Vaccination Hyderabad 1890-1903 - 1890-1903
Year: 1890
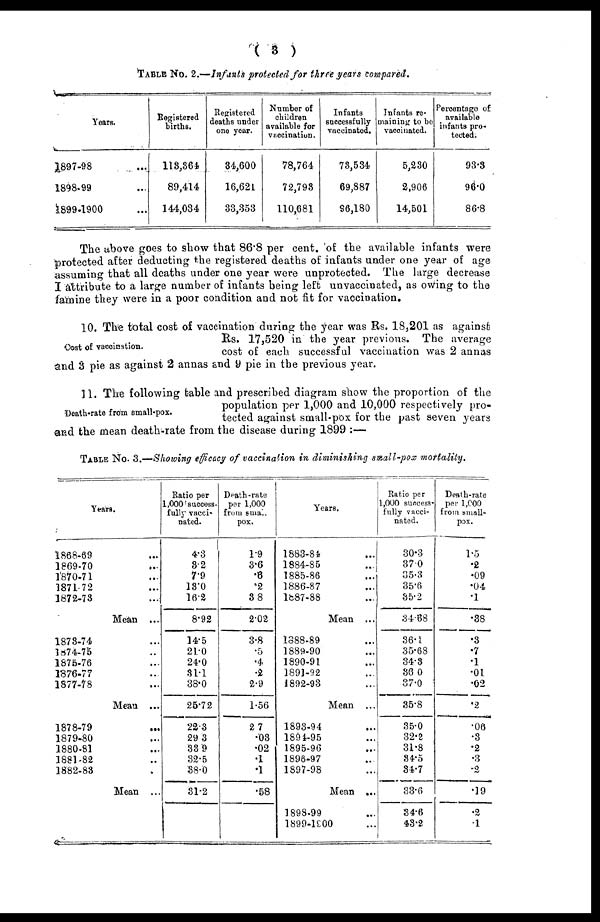
( 3 )
TABLE No 2.—Infants protected for three years compared.
Years.
1897-98 ...
1898-99 ...
1899-1900 ...
Registered
births.
113,364
89,414
144,034
Registered
deaths under
one year.
34,600
16,621
33,353
Number of
children
available for
vaccination.
78,764
72,793
110,681
Infants
successfully
vaccinated.
73,534
69,887
96,180
Infants re-
maining to be
vaccinated.
5,230
2,906
14,501
Percentage of
available
infants pro-
tected.
93.3
96.0
86.8
The above goes to show that 86.8 per cent. of the available infants were
protected after deducting the registered deaths of infants under one year of age
assuming that all deaths under one year were unprotected. The large decrease
I attribute to a large number of infants being left unvaccinated, as owing to the
famine they were in a poor condition and not fit for vaccination.
Cost of vaccination.
10. The total cost of vaccination during the year was Rs. 18,201 as against
Rs. 17,520 in the year previous. The average
cost of each successful vaccination was 2 annas
and 3 pie as against 2 annas and 9 pie in the previous year.
Death-rate from small-pox.
11. The following table and prescribed diagram show the proportion of the
population per 1,000 and 10,000 respectively pro-
tected against small-pox for the past seven years
and the mean death-rate from the disease during 1899 :—
TABLE No. 3.—Showing efficacy of vaccination in diminishing small-pox mortality.
Years.
1868-69 ...
1869-70 ...
1870-71 ...
1871-72 ...
1872-73 ...
Mean ...
1873-74 ...
1874-75 ...
1875-76 ...
1876-77 ...
1877-78 ...
Mean ...
1878-79 ...
1879-80 ...
1880-81 ...
1881-82 ...
1882-83 ...
Mean ...
Ratio per
1,000 success-
fully vacci-
nated.
4.3
3.2
7.9
13.0
16.2
8.92
14.5
21.0
24.0
31.1
38.0
25.72
22.3
29.3
33.9
32.5
38.0
31.2
Death-rate
per 1,000
from small
pox.
1.9
3.6
.6
.2
3.8
2.02
3.8
.5
.4
.2
2.9
1.56
2.7
.03
.02
.1
.1
.58
Years.
1888-84 ...
1884-85 ...
1885-86 ...
1886-87 ...
1887-88 ...
Mean ...
1888-89 ...
1889-90 ...
1890-91 ...
1891-92 ...
1892-93 ...
Mean ...
1893-94 ...
1894-95 ...
1895-96 ...
1896-97 ...
1897-98 ...
Mean ...
1898-99 ...
1899-1900 ...
Ratio per
1,000 success-
fully vacci-
nated.
30.3
37.0
35.3
35.6
35.2
34.68
36.1
35.68
34.3
36.0
37.0
35.8
35.0
32.2
31.8
34.5
34.7
33.6
34.6
43.2
Death-rate
per 1,000
from small-
pox.
1.5
.2
.09
.04
.1
.38
.3
.7
.1
.01
.02
.2
.06
.3
.2
.3
.2
.19
.2
.1